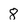
Character: 8